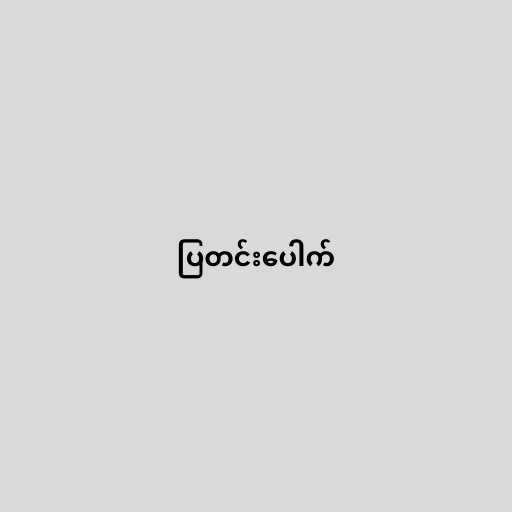
ပြတင်းပေါက်